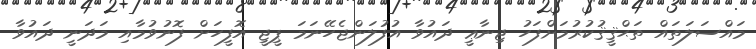
މައްސަލަތައް ތަޙްޤީޤުކުރުމަށްފަހު ޖިނާޢީ ދައުވާ އުފުލަންޖެހޭނަމަ ޕީޖީ އޮފީހަށް ފޮނުވުމާއި މަދަނީ ދައުވާ